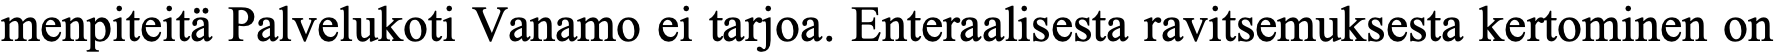
menpiteitä Palvelukoti Vanamo ei tarjoa. Enteraalisesta ravitsemuksesta kertominen on